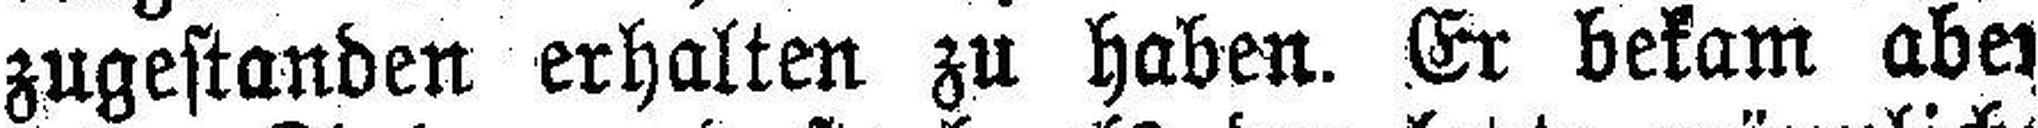
zugestanden erhalten zu haben. Er bekam aber